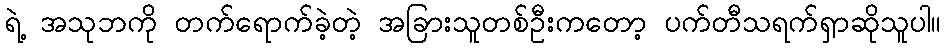
ရဲ့ အသုဘကို တက်ရောက်ခဲ့တဲ့ အခြားသူတစ်ဦးကတော့ ပက်တီသရက်ရှာဆိုသူပါ။